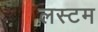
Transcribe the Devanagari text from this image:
लस्टम